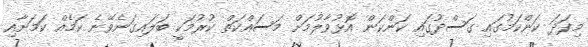
މިފަދަ ކަންކަމުގައި ގަސްދުގައި ކަންކަން އޮޅުވާލުމަށް މަސައްކަތް ކުރުމަކީ ބަލައިގަނެވޭނެ ކަމެއް ކަމަށާއި